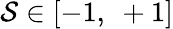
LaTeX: \mathcal{S}\in[-1,~+1]